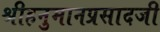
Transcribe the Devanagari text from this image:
श्रीहनुमानप्रसादजी